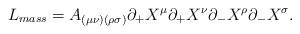
\begin{align*}L_{mass} = A_{(\mu \nu)(\rho \sigma)} \partial _{+} X^{\mu} \partial _{+}X^{\nu} \partial _{-} X^{\rho} \partial _{-} X^{\sigma} . \end{align*}